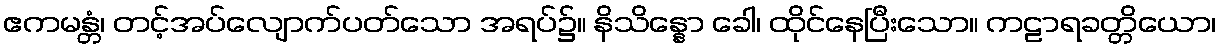
ဧကမန္တံ၊ တင့်အပ်လျောက်ပတ်သော အရပ်၌။ နိသိန္နော ခေါ၊ ထိုင်နေပြီးသော။ ကဠာရခတ္တိယော၊